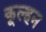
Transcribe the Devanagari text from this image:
कूल्हन